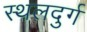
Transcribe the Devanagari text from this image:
स्थलदुर्ग